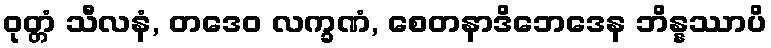
ဝုတ္တံ သီလနံ, တဒေဝ လက္ခဏံ, စေတနာဒိဘေဒေန ဘိန္နဿာပိ